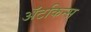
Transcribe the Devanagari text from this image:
अॅटकिन्स